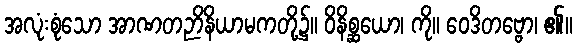
အလုံးစုံသော အာဏတဉာိနိယာမကတို့၌။ ဝိနိစ္ဆယော၊ ကို။ ဝေဒိတဗ္ဗော၊ ၏။